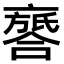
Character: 𠆖